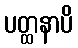
ပတ္ထနာပိ